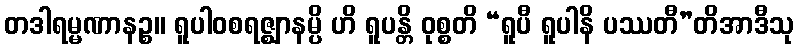
တဒါရမ္မဏာနဉ္စ။ ရူပါဝစရဇ္ဈာနမ္ပိ ဟိ ရူပန္တိ ဝုစ္စတိ “ရူပီ ရူပါနိ ပဿတီ”တိအာဒီသု